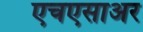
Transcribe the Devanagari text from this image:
एचएसाअर